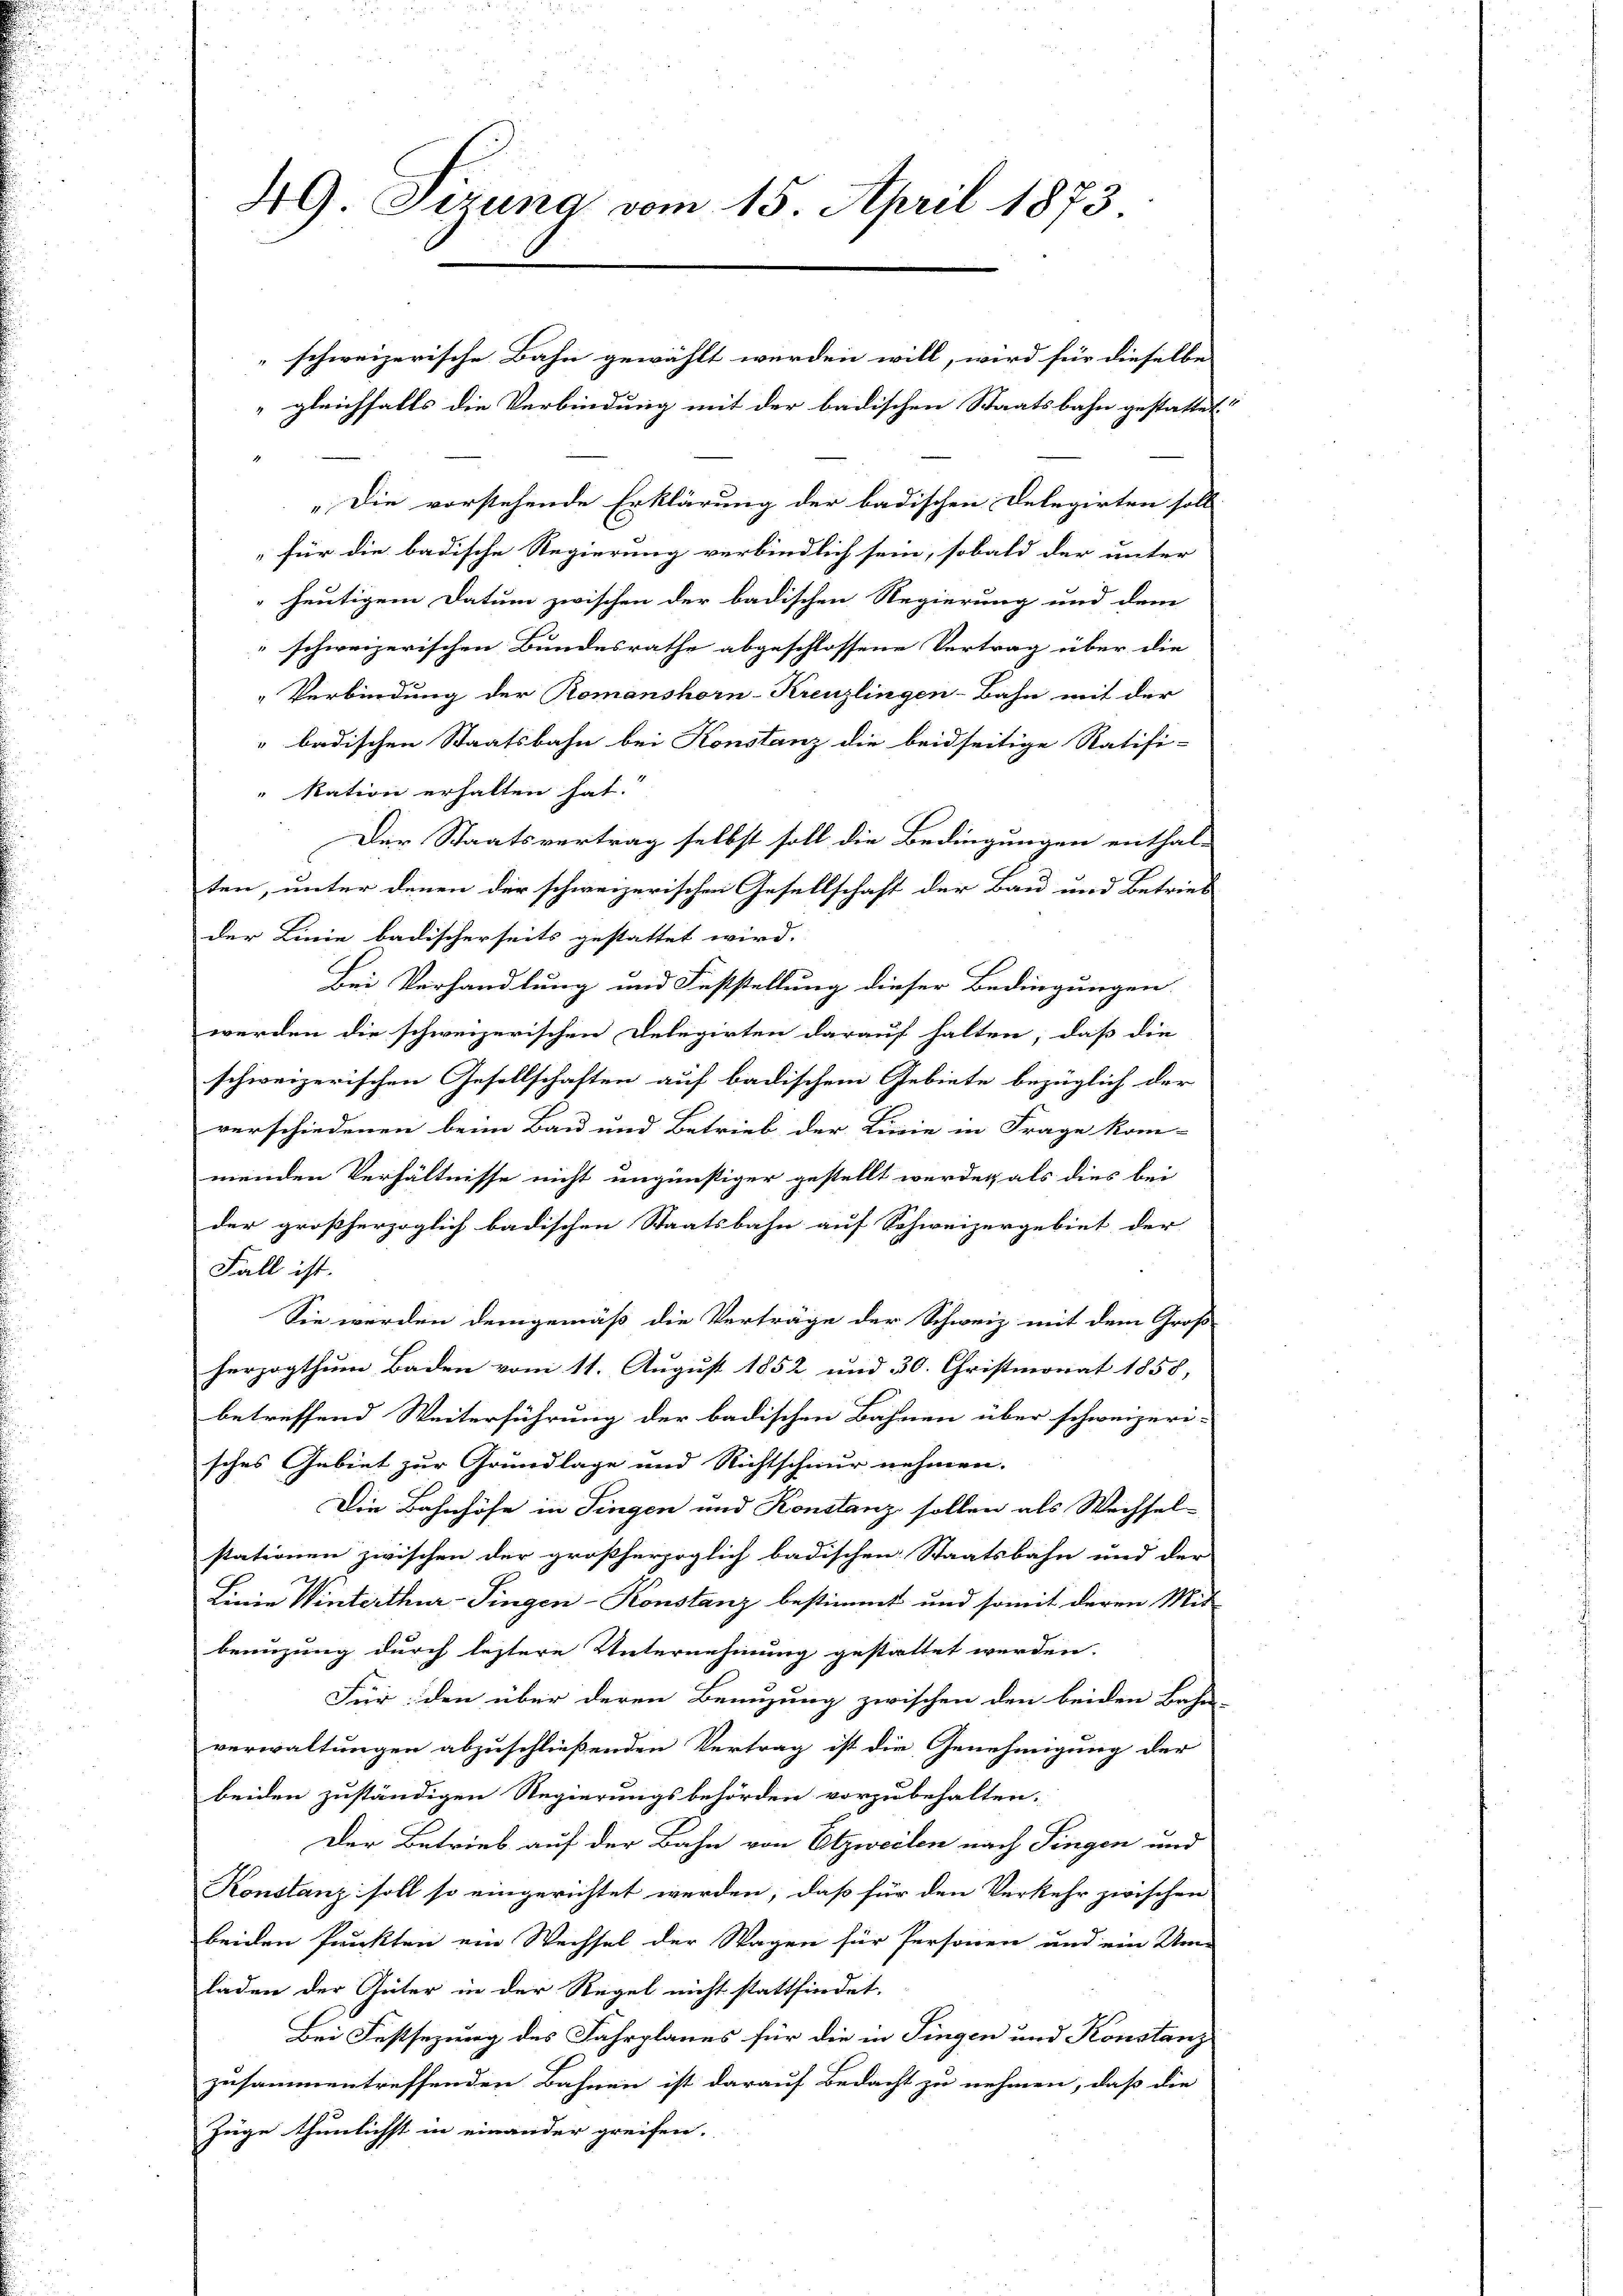
49) Sirung vom 15. April 1873

schweizerische Bahn gewählt werden will, wird für dieselbe
gleichfalls die Verbindung mit der badischen Staatsbahn gestattet
„Die vorstehende Erklärung der badischen Delegirten soll
für die badische Regierung verbindlich sein, sobald der unter
heutigem Datum zwischen der badischen Regierung und dem
schweizerischen Bundesrathe abgeschlossene Vertrag über die
Verbindung der Romanshorn-Kreuzlingen-Bahn mit der
 badischen Staatsbahn bei Konstanz die beidseitige Ratifi-
" Ration erhalten hat.
Der Staatsvertrag selbst soll die Bedingungen enthalten, unter denen der schweizerischen Gesellschaft der Bau und Betrieb
der Linie badischerseits gestattet wird.
Bei Verhandlung und Feststellung dieser Bedingungen.
werden die schweizerischen Delegirten darauf halten, daß die
schweizerischen Gesellschaften auf badischem Gebiete bezüglich der
verschiedenen beim Bau und Betrieb der Linie in Frage kom-
menden Verhältnisse nicht ungünstiger gestellt werden, als dies bei
der großherzoglich badischen Staatsbahn auf Schweizergebiet der
Fall ist.
Sie werden demgemäß die Verträge der Schweiz mit dem Groß
herzogthum Baden vom 11. August 1852 und 30. Christmonat 1858, |
betreffend Weiterführung der badischen Bahnen über schweizeri-
sches Gebiet zur Grundlage und Richtschnur nehmen.
Die Bahnhöfe in Fingen und Konstanz sollen als Wechsel-
stationen zwischen der großherzoglich badischen Staatsbahn und der
t
Linie Winterthur–Singen-Konstanz bestimmt und somit deren Mit
benuzung durch leztere Unternehmung gestattet werden.
Für: den über deren Benuzung zwischen den beiden Bahn-
verwaltungen abzuschließenden Vertrag ist die Genehmigung der
beiden zuständigen Regierungsbehörden vorzubehalten.
Der Betrieb auf der Bahn von Etzweilen nach Fingen und
Konstanz soll so eingerichtet werden, daß für den Verkehr zwischen
beiden Punkten ein Wechsel der Wagen für Personen und ein Um-
laden der Güter in der Regel nicht stattfindet.
Bei Festsezung des Fahrplanes für die in Fingen und Konstanz
zusammentreffenden Bahnen ist darauf Bedacht zu nehmen, daß die
Züge thunlichst in einander greifen.